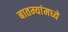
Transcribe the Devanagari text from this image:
बातम्यांमध्ये